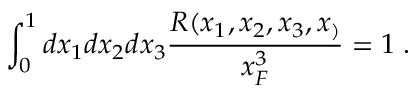
\int _ { 0 } ^ { 1 } { d x _ { 1 } d x _ { 2 } d x _ { 3 } \frac { R ( x _ { 1 } , x _ { 2 } , x _ { 3 } , x _ { ) } } { x _ { F } ^ { 3 } } } = 1 \; .